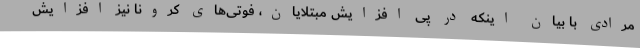
مرادی با بیان اینکه در پی افزایش مبتلایان، فوتی‌های کرونا نیز افزایش